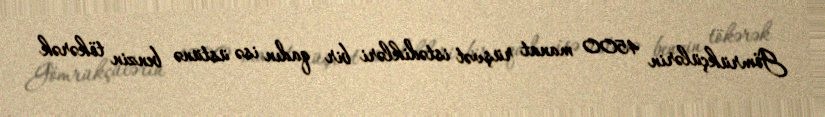
Gömrükçülərin 4500 manat rüşvət istədikləri bir qadın isə üstünə benzin tökərək